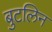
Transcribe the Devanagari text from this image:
बुटलिन